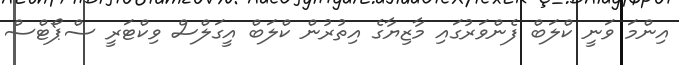
އިންމަ ވަނީ ކްލަބް ފެންވަރުގައި މާޒިޔާގެ އިތުރުން ކްލަބް އީގަލްސް ވިކްޓަރީ ސްޕޯޓްސް